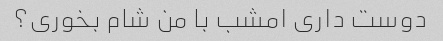
دوست داری امشب با من شام بخوری؟